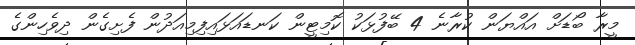
މީރާ ބޯޑަށް އައްޔަން ކުރާނެ 4 ބޭފުޅަކު ކޮމިޓީން ކަނޑައަޅައިފިމިއަދުން ފެށިގެން ދިވެހިންގެ